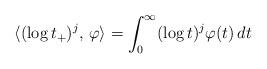
LaTeX: \begin{align*}\langle (\log t_+)^j,\,\varphi\rangle = \int_0^\infty (\log t)^j\varphi(t)\,dt\end{align*}